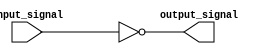
module not_gate(
    input wire input_signal,
    output reg output_signal
);

assign output_signal = ~input_signal;

endmodule